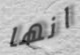
انها